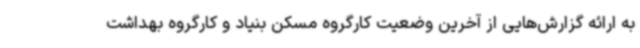
به ارائه گزارش‌هایی از آخرین وضعیت کارگروه مسکن بنیاد و کارگروه بهداشت